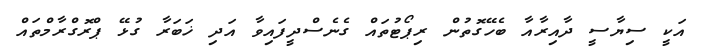
އަކީ ސިޔާސީ ދާއިރާއާ ބެހޭގޮތުން ރިޕޯޓުތައް ގެނެސްދީފައިވާ އަދި ޚަބަރާ ގުޅޭ ޕްރޮގްރާމްތައް